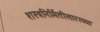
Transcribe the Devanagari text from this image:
शस्त्रनिर्मितीसारख्या